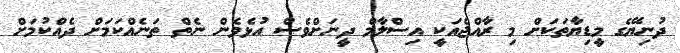
ދުނިޔޭގެ މީޑިޔާތަކަށް މި ރާއްޖެއަކީ އިސްލާމް ދީނަށްވެސް އުޅެވެން ނެތް ތަނެއްކަމަށް ދެއްކުމަށް